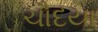
ચૌદયા